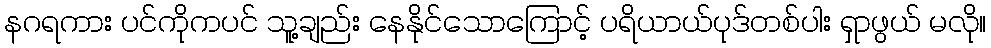
နဂရကား ပင်ကိုကပင် သူ့ချည်း နေနိုင်သောကြောင့် ပရိယာယ်ပုဒ်တစ်ပါး ရှာဖွယ် မလို။